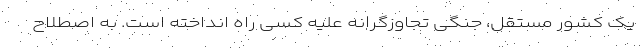
یک کشور مستقل، جنگی تجاوزگرانه علیه کسی راه انداخته است. به اصطلاح